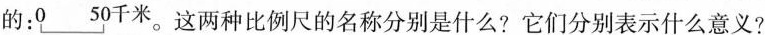
的：。这两种比例尺的名称分别是什么?它们分别表示什么意义?